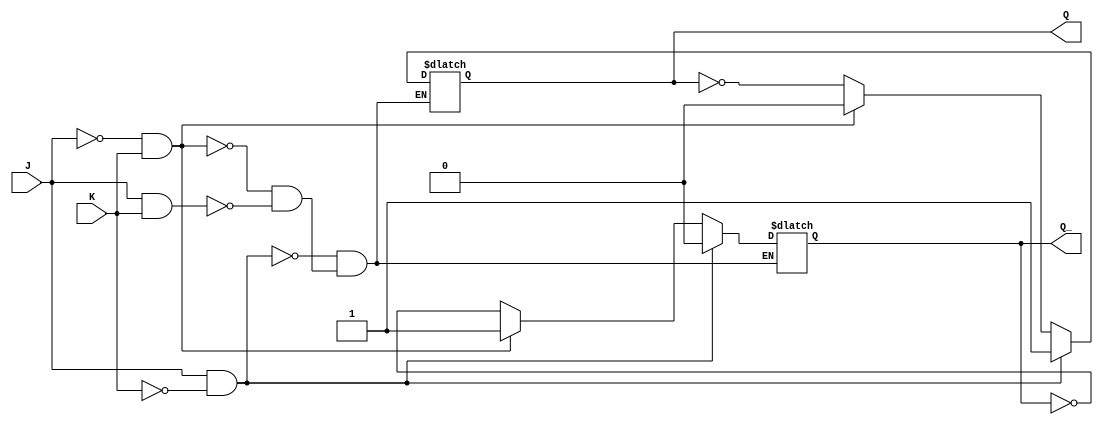
module JKLatch (
    input J,
    input K,
    output reg Q,
    output reg Q_
);

always @(J, K) begin
    if (J & ~K) begin
        Q <= 1;
        Q_ <= 0;
    end else if (~J & K) begin
        Q <= 0;
        Q_ <= 1;
    end else if (J & K) begin
        Q <= ~Q;
        Q_ <= ~Q_;
    end
end

endmodule